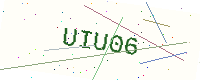
Text: UIU06